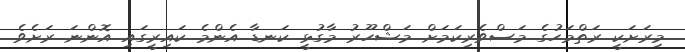
މިރަށަކީ ރަތްމަހުގެ މަސްވެރިކަމަށް މަޝްހޫރު މާގުޅީ ކަނޑާ އެންމެ ކައިރީގައި އޮންނަ ރަށެވެ.